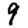
Digit: 9